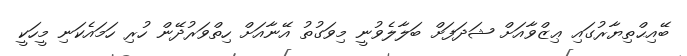
ބޭއިޙްތިޔާރުގައި ޢިޒްވާއަށް ޝަދަފަށް ބަލާލެވުނީ މިވަގުތު އޭނާއަށް ހިތްވަރުދޭން ހުރި ހަމައެކަނި މީހަކީ